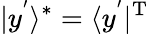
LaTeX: |y^{'}\rangle^{*}=\langle y^{'}|^{\mathrm{T}}